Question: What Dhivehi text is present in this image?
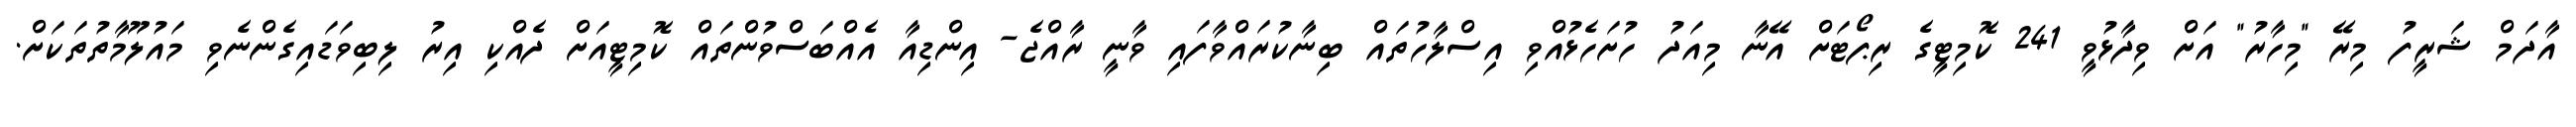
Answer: އާދަމް ޝަރީފު މިރޭ "މިހާރު" އަށް ވިދާޅުވީ 241 ކޮމިޓީގެ ރިޕޯޓަށް އޭނާ މިއަދު ހުށަހެޅުއްވި އިސްލާހުތައް ބިނާކުރައްވާފައި ވާނީ ރާއްޖެ- އިންޑިއާ އެއްބަސްވުންތައް ކޮމިޓީއަށް ދެއްކި އިރު ލިބިވަޑައިގެންނެވި މައުލޫމާތުތަކަށް.